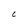
Character: C